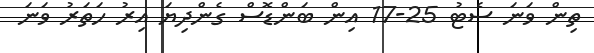
ތިން ވަނަ ސެޓު 25-17 އިން ބަންޑޮސް ގެންދިޔަ އިރު ހަތަރު ވަނަ